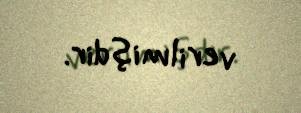
verilmişdir.